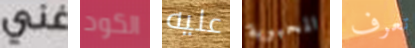
غني الكود عليه المحبوبة تعرف